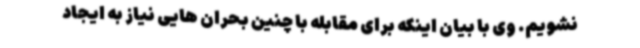
نشویم. وی با بیان اینکه برای مقابله با چنین بحران هایی نیاز به ایجاد